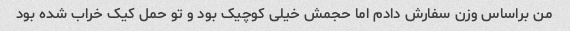
من براساس وزن سفارش دادم اما حجمش خیلی کوچیک بود و تو حمل کیک خراب شده بود